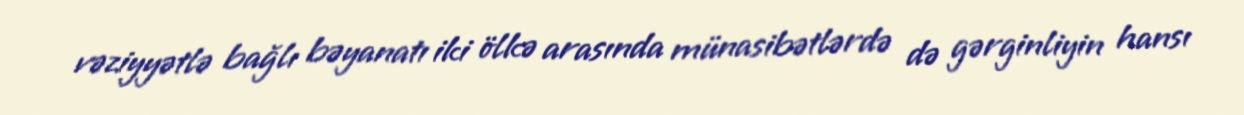
vəziyyətlə bağlı bəyanatı iki ölkə arasında münasibətlərdə də gərginliyin hansı